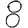
Digit: 8